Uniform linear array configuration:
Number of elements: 12
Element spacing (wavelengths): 0.5
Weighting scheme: exponential
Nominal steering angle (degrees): -30
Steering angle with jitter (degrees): -31.286
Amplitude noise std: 0.05
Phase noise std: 0.05

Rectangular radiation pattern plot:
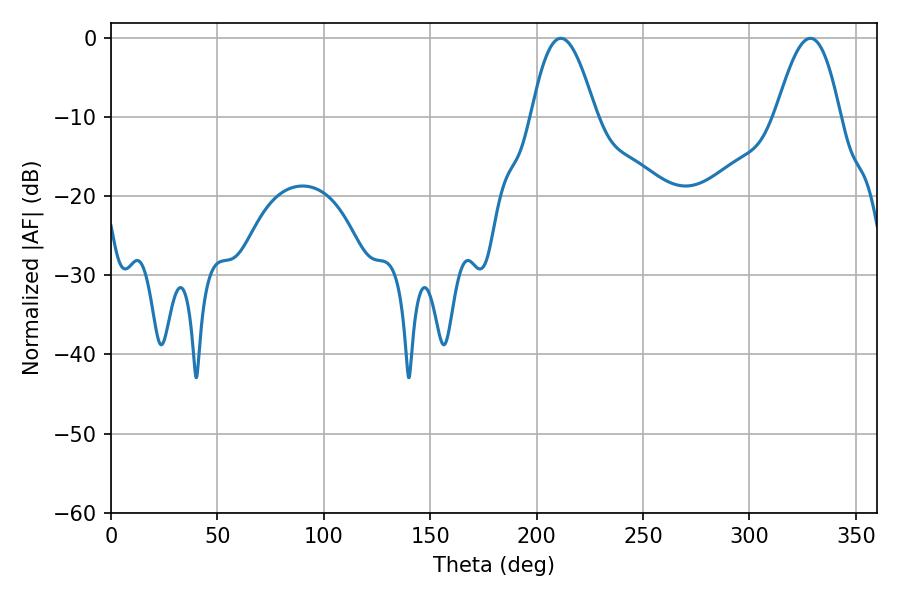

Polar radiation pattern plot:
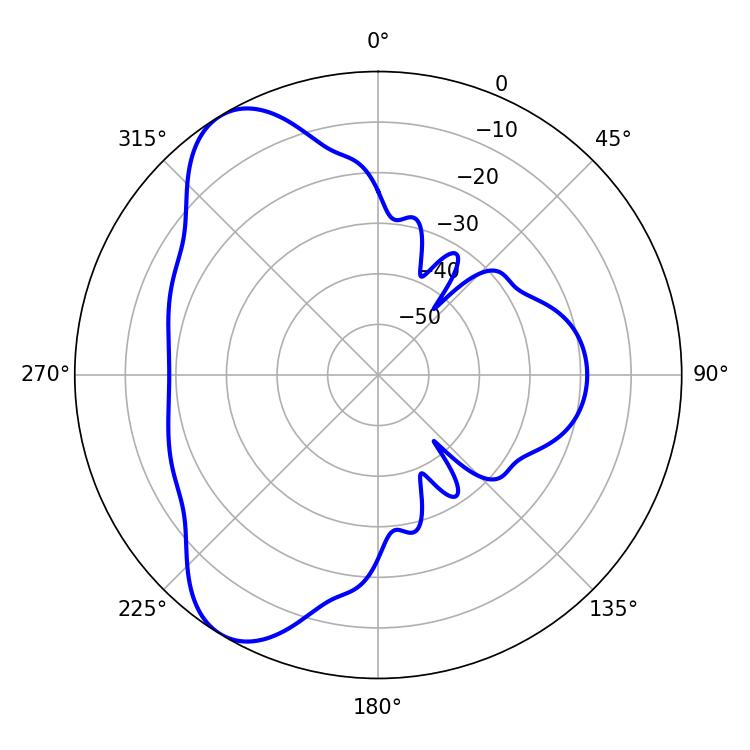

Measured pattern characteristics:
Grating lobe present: FALSE
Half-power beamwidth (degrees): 16.38
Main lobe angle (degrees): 211.32